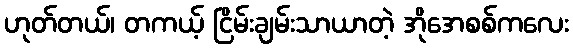
ဟုတ်တယ်၊ တကယ့် ငြိမ်းချမ်းသာယာတဲ့ အိုအေစစ်ကလေး